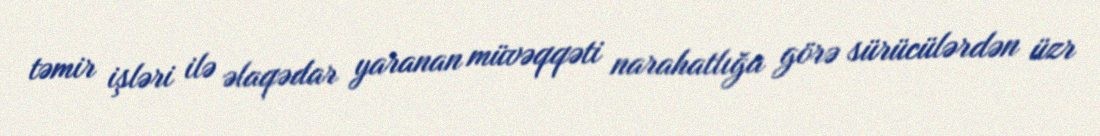
təmir işləri ilə əlaqədar yaranan müvəqqəti narahatlığa görə sürücülərdən üzr